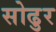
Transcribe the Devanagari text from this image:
सोढुर